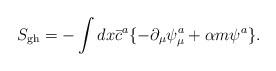
\begin{align*}S_{\rm gh} = - \int dx \bar{c}^a \{-\partial_{\mu}\psi^a_{\mu} + \alpha m \psi^a \}.\end{align*}